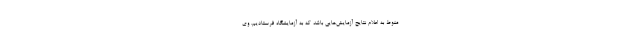
منوط به اعلام نتایج آزمایش‌هایی باشد که به آزمایشگاه فرستادیم. وی